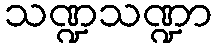
သဏ္ဍသဏ္ဍာ